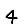
Digit: 4